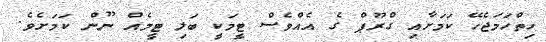
ހިތްހަމަޖެހޭ ކަމަށާއި ގްރޫޕް ގެ އެއްވެސް ޓީމަކީ ބަލި ޓީމެއް ނޫން ކަމަށެވެ.